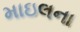
માઇલના